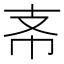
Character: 𢺶